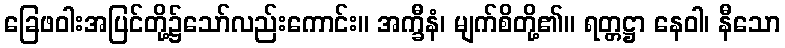
ခြေဖဝါးအပြင်တို့၌သော်လည်းကောင်း။ အက္ခီနံ၊ မျက်စိတို့၏။ ရတ္တဋ္ဌာ နေဝါ၊ နီသော